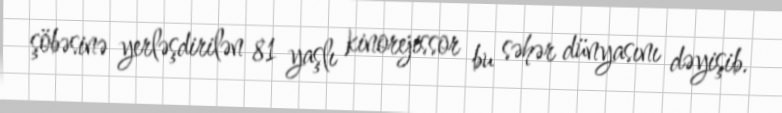
şöbəsinə yerləşdirilən 81 yaşlı kinorejissor bu səhər dünyasını dəyişib.